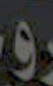
و